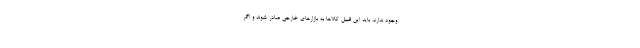
وجود ندارد، باید این قبیل کالاها به بازارهای خارجی صادر شوند و اگر